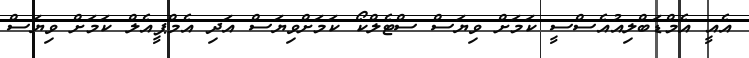
އެއީ އެމްޑަބްލިއުއެސްސީ ކަމަށް ވިޔަސް ސްޓެލްކޯ ކަމަށްވިޔަސް އަދި އެމްޕީއެލް ކަމަށް ވިޔަސް